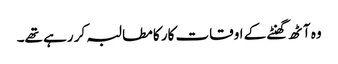
وہ آٹھ گھنٹے کے اوقات کار کا مطالبہ کر رہے تھے۔